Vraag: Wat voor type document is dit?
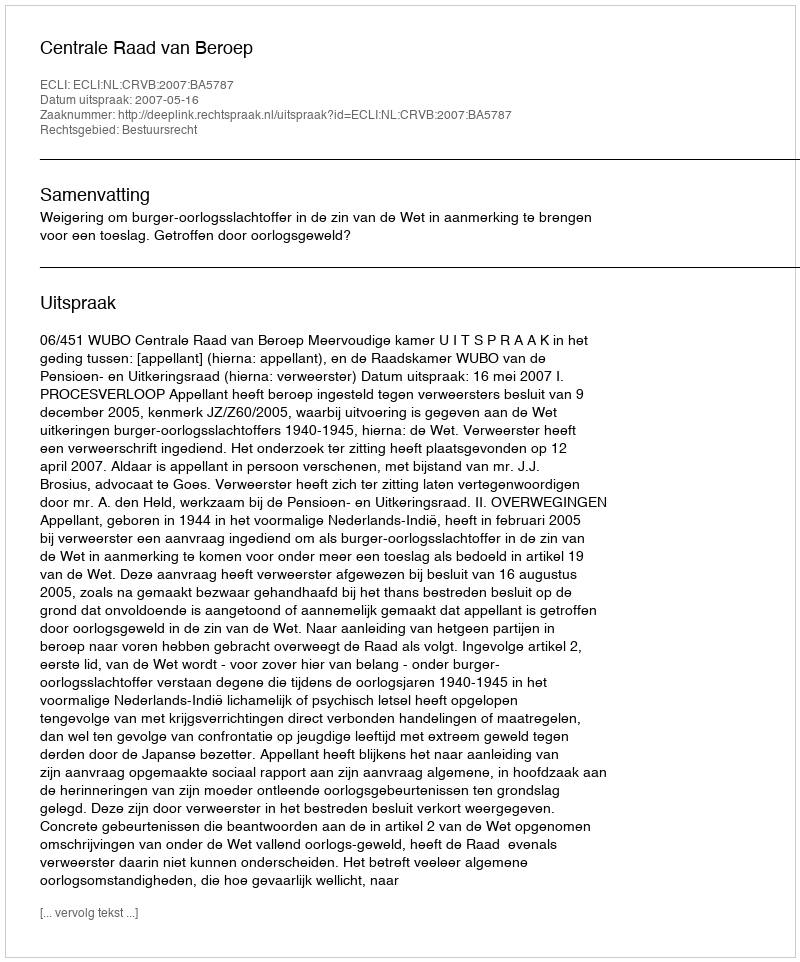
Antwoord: Uitspraak